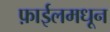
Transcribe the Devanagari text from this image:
फ़ाईलमधून